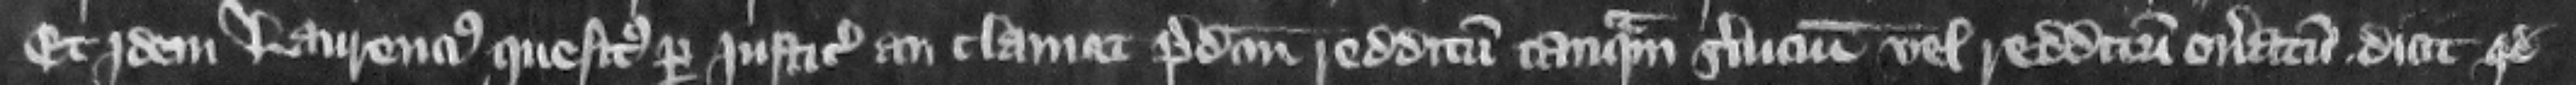
Et idem Laurencius quesitus per iusticiarios an clamat predictum redditum tanquam seruicium vel redditum oneratum dicit quod